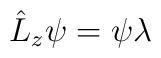
\hat{L}_z \psi = \psi \lambda